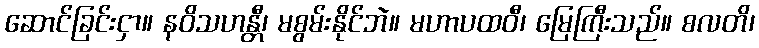
ဆောင်ခြင်းငှာ။ နဝိသဟန္တီ၊ မစွမ်းနိုင်ဘဲ။ မဟာပထဝီ၊ မြေကြီးသည်။ စလတိ၊